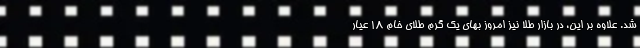
شد. علاوه بر این، در بازار طلا نیز امروز بهای یک گرم طلای خام ۱۸ عیار